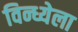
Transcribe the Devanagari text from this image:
विन्ध्येला